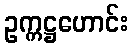
ဥက္ကဋ္ဌဟောင်း